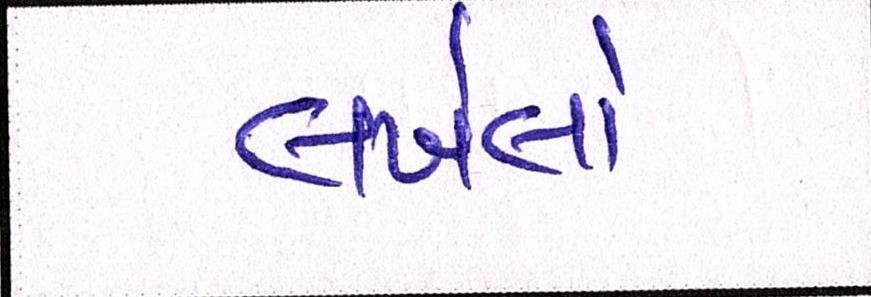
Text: લખેલો